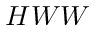
H W W